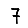
Digit: 7